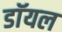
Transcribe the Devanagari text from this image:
डाॅयल